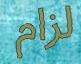
لزام